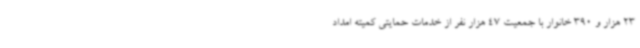
23 هزار و 390 خانوار با جمعیت 47 هزار نفر از خدمات حمایتی کمیته امداد